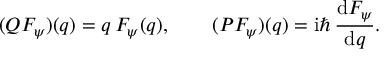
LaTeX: ( Q F _ { \psi } ) ( q ) = q \, F _ { \psi } ( q ) , \qquad ( P F _ { \psi } ) ( q ) = \mathrm { i } \hbar \, { \frac { \mathrm { d } F _ { \psi } } { \mathrm { d } q } } .